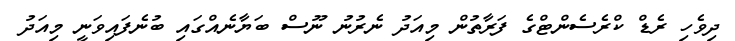
ދިވެހި ރެޑް ކްރެސެންޓްގެ ފަރާތުން މިއަދު ނެރުނު ނޫސް ބަޔާނެއްގައި ބުނެފައިވަނީ މިއަދު